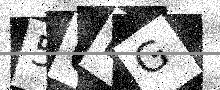
Text: 5UEG